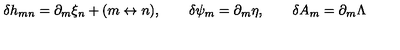
\delta h _ { m n } = \partial _ { m } \xi _ { n } + ( m \leftrightarrow n ) , \qquad \delta \psi _ { m } = \partial _ { m } \eta , \qquad \delta A _ { m } = \partial _ { m } \Lambda